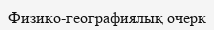
Физико-географиялық очерк